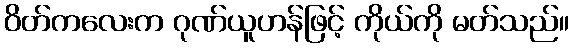
ဝိတ်ကလေးက ဂုဏ်ယူဟန်ဖြင့် ကိုယ်ကို မတ်သည်။